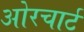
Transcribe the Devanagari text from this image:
ओरचार्ट